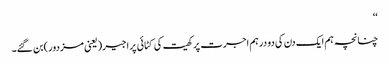
‘‘
چنانچہ ہم ایک دن کی دو درہم اجرت پر کھیت کی کٹائی پر اجیر(یعنی مزدور)بن گئے۔